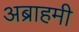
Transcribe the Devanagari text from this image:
अब्राहमी